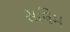
સલિમ